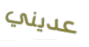
عديني